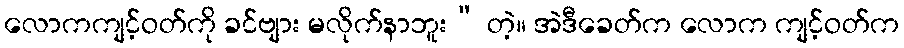
လောကကျင့်ဝတ်ကို ခင်ဗျား မလိုက်နာဘူး” တဲ့။ အဲဒီခေတ်က လောက ကျင့်ဝတ်က